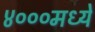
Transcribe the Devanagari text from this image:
४०००मध्ये